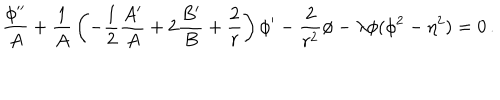
{ \frac { \phi ^ { \prime \prime } } { A } } + { \frac { 1 } { A } } \left( - { \frac { 1 } { 2 } } { \frac { A ^ { \prime } } { A } } + 2 { \frac { B ^ { \prime } } { B } } + { \frac { 2 } { r } } \right) \phi ^ { \prime } - { \frac { 2 } { r ^ { 2 } } } \phi - \lambda \phi ( \phi ^ { 2 } - \eta ^ { 2 } ) = 0 \, .